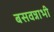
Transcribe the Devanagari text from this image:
बसवन्नाभी